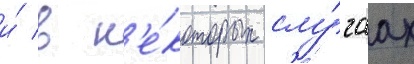
и́ в н'е́которых слу́чаах